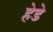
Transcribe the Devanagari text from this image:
हेडे